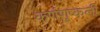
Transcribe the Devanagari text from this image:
कर्णशुष्कली